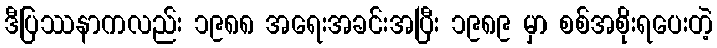
ဒီပြဿနာကလည်း ၁၉၈၈ အရေးအခင်းအပြီး ၁၉၈၉ မှာ စစ်အစိုးရပေးတဲ့